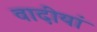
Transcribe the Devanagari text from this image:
वादीयां